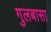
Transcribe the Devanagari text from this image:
गुलबासा